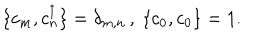
LaTeX: \{ c _ { m } , c _ { n } ^ { \dagger } \} = \delta _ { m , n } \, , \ \{ c _ { 0 } , c _ { 0 } \} = 1 .